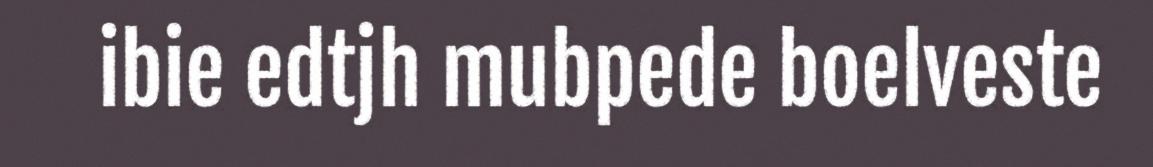
ibie edtjh mubpede boelveste